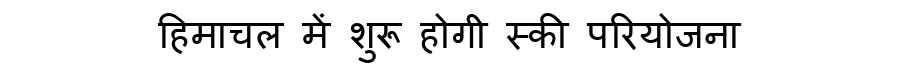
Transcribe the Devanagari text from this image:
हिमाचल में शुरू होगी स्की परियोजना